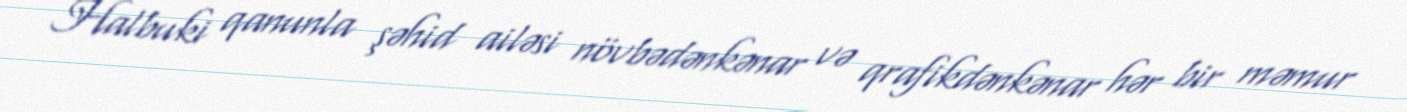
Halbuki qanunla şəhid ailəsi növbədənkənar və qrafikdənkənar hər bir məmur